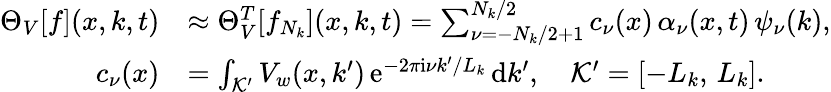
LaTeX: \begin{array}{rl}{\Theta_{V}[f](x,k,t)}&{\approx\Theta_{V}^{T}[f_{N_{k}}](x,k,t)=\sum_{\nu=-N_{k}/2+1}^{N_{k}/2}c_{\nu}(x)\, \alpha_{\nu}(x,t)\, \psi_{\nu}(k),}\\ {c_{\nu}(x)}&{=\int_{\mathcal{K^{\prime}}}V_{w}(x,k^{\prime})\, \mathrm{e}^{-2\pi\mathrm{i}\nu k^{\prime}/L_{k}}\, \mathrm{d}k^{\prime},\quad\mathcal{K^{\prime}}=[-L_{k},\, L_{k}].}\end{array}